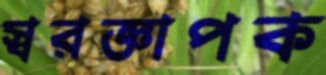
স্বরজ্ঞাপক